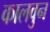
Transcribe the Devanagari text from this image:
कालवुन